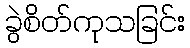
ခွဲစိတ်ကုသခြင်း